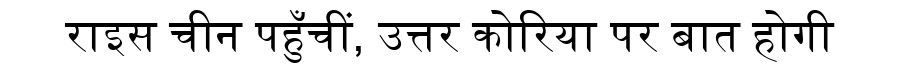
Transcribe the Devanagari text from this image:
राइस चीन पहुँचीं, उत्तर कोरिया पर बात होगी